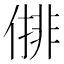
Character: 𠍣